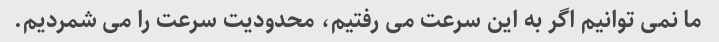
ما نمی توانیم اگر به این سرعت می رفتیم، محدودیت سرعت را می شمردیم.